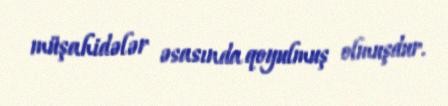
müşahidələr əsasında qoyulmuş olmuşdur.